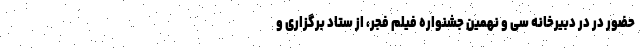
حضور در در دبیرخانه سی و نهمین جشنواره فیلم فجر، از ستاد برگزاری و